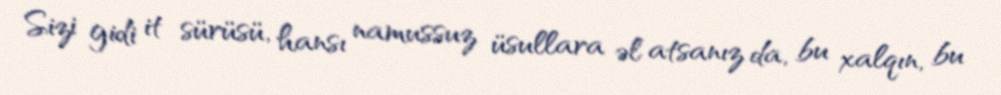
Sizi gidi it sürüsü, hansı namussuz üsullara əl atsanız da, bu xalqın, bu